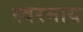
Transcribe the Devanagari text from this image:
स्वरमाय